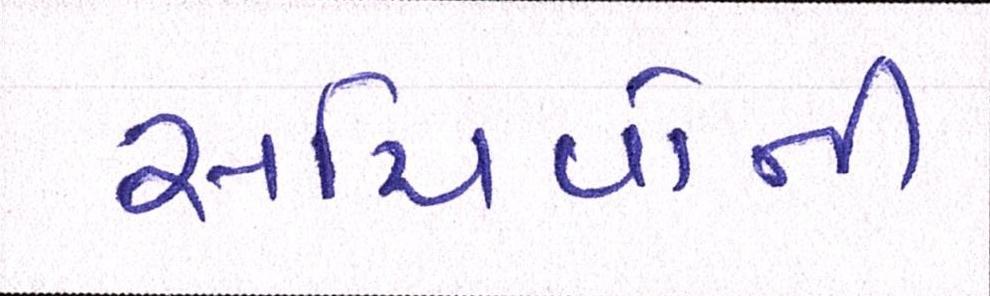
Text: સચિવોની